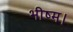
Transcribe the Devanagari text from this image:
भीष्म।